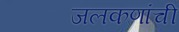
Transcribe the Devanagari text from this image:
जलकणांची